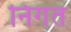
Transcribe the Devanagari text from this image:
निगत